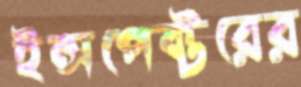
ইন্সপেক্টরের